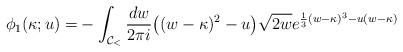
LaTeX: \begin{align*} \phi_{1}(\kappa;u)=& - \int_{\mathcal{C}_{<}}\frac{dw}{2\pi i } \big( (w-\kappa)^2 -u\big) \sqrt{2w} e^{\frac{1}{3}(w-\kappa)^3-u(w-\kappa)} \end{align*}